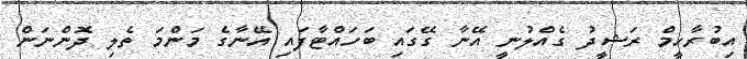
އިބުރާހީމް ރަޝީދު ގެއްލުނީ އޭނާ ގޭގައި ބަހައްޓާފައި އޭނާގެ މަންމަ ތެލި ދޮންނަން